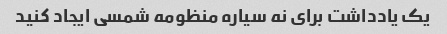
یک یادداشت برای نه سیاره منظومه شمسی ایجاد کنید